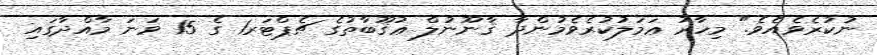
ނުކުރެވެއެވެ." މިހާރު ޢަމަލުކުރެވެމުންދާ ޤާނޫނުލް ޢުޤޫބާތުގެ ޗެޕްޓަރ1 ގެ 15 ވަނަ މާއްދާގައި